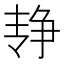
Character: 𰁓